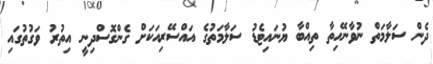
ދެން ސަލާމަތް ނުވާނޭހިތާ ތިއްބާ ޔުނައިޓެޑު ސަލާމަތުގެ އައްސޭރިއަކަށް ގެންގޮސްދިނީ އިތުރު ވަގުތުގައި